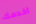
اخدمك